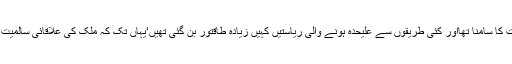
چیچنیا میں علیحدگی پسند تنازعات کا سامنا تھااور کئی طریقوں سے علیحدہ ہونے والی ریاستیں کہیں زیادہ طاقتور بن گئی تھیں‘یہاں تک کہ ملک کی علاقائی سالمیت ان سے ڈیل کی مرہون ِمنت تھی۔